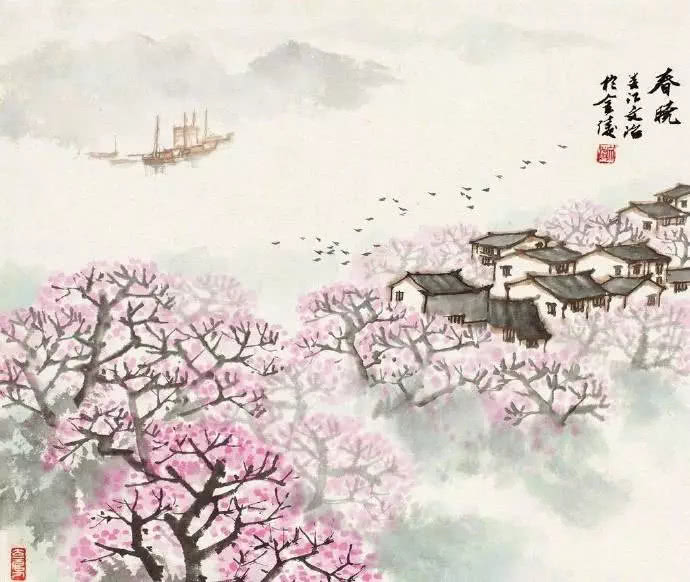
去国十年老尽少年心。